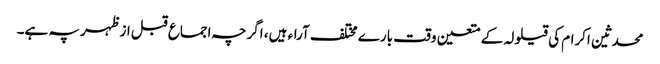
محدثین اکرام کی قیلولہ کے متعین وقت بارے مختلف آراء ہیں، اگرچہ اجماع قبل ازظہر پہ ہے۔